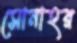
সোনাহর